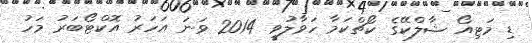
ޑި މަޓިއޯ ޝާލްކޭގެ ކޯޗްކަމާ ހަވާލުވީ 2014 ވަނަ އަހަރު އޮކްޓޯބަރު މަހު